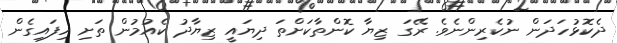
ދެކޮޅުހަދަން ނުކެރިންނެވެ. ރޭގަ ޒިޔާ ކޮންތާކަށްތަ ދިޔައީ ޒިޔާދު ކެއުމުން ތަށި ހިފައިގެން